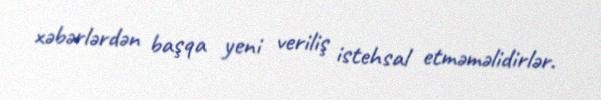
xəbərlərdən başqa yeni veriliş istehsal etməməlidirlər.